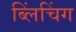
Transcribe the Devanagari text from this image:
ब्लिंचिंग